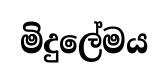
මිදුලේමය